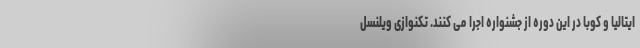
ایتالیا و کوبا در این دوره از جشنواره اجرا می کنند. تکنوازی ویلنسل